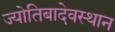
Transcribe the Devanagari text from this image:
ज्योतिबादेवस्थान